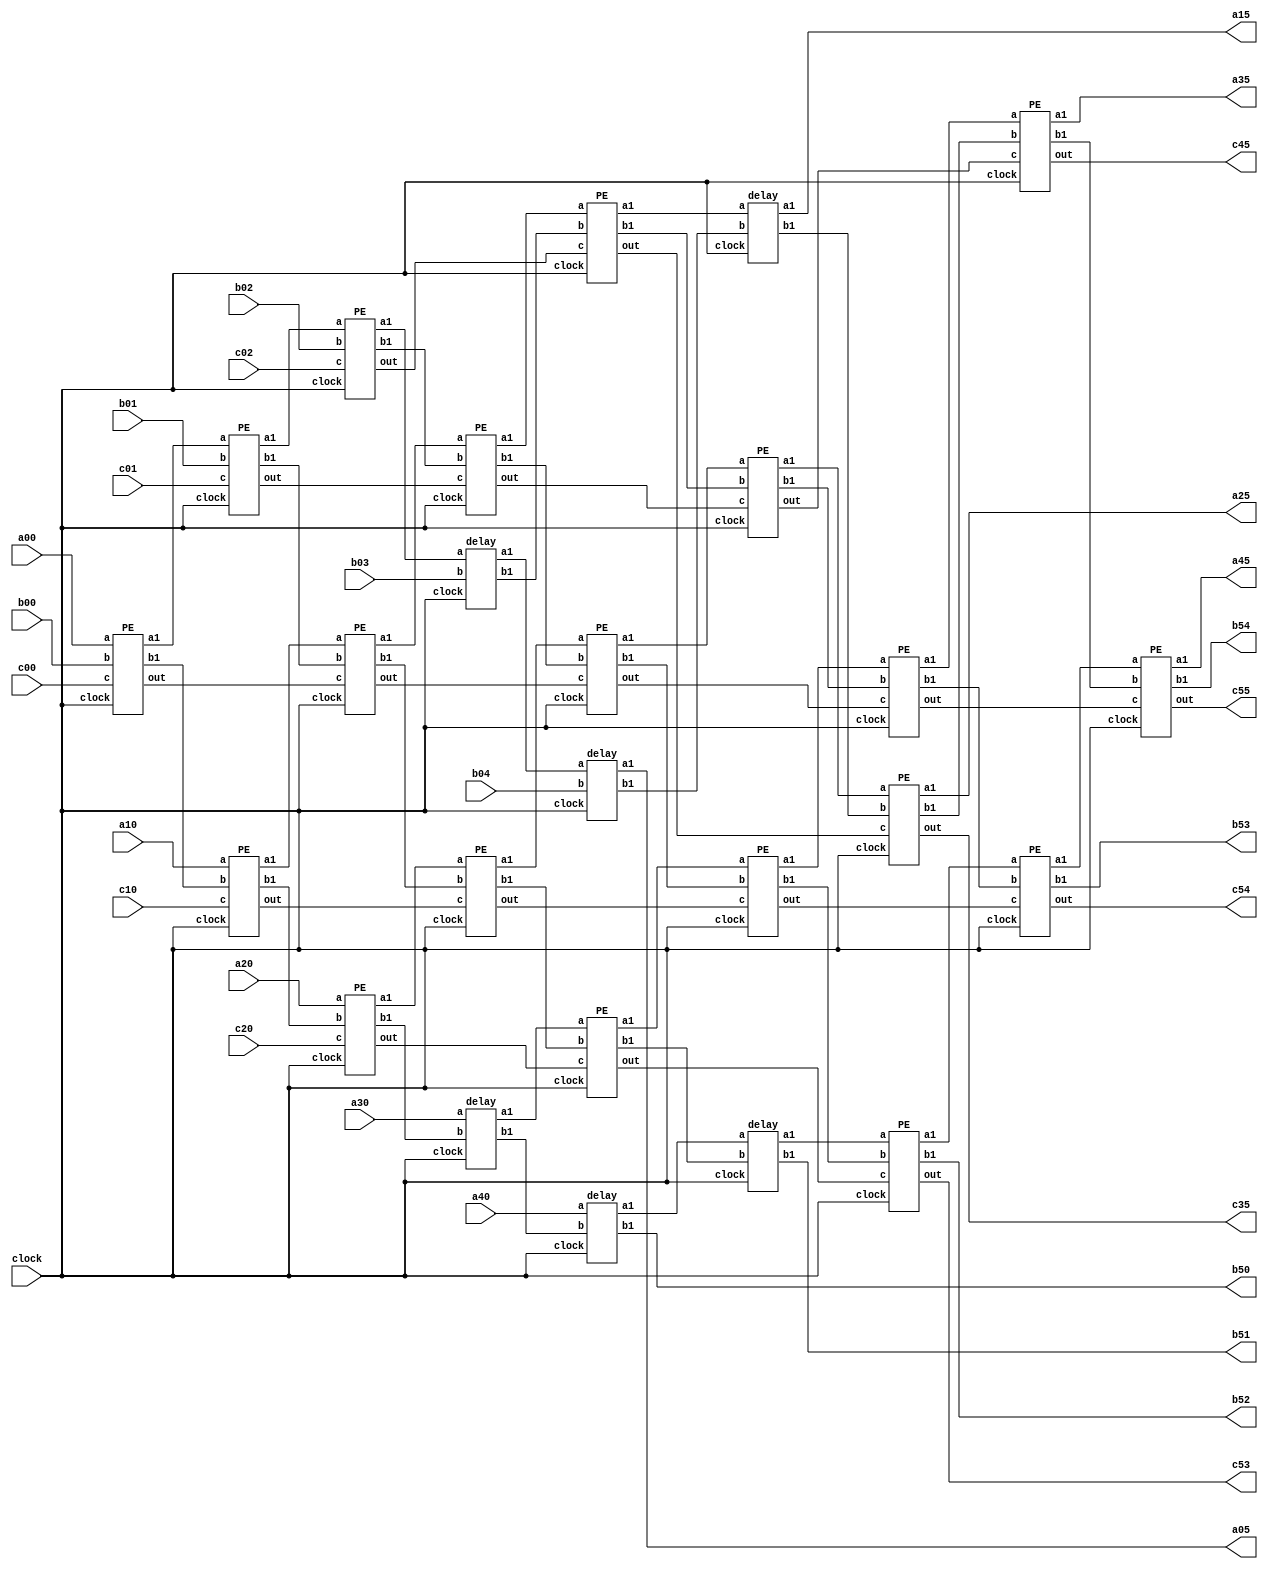




module iiitb_sysarray(
		a00, a10, a20, a30, a40,
		b00, b01, b02, b03, b04,
		
		c00, c01, c02, c10, c20,

		a05, a15, a25, a35, a45,
		b50, b51, b52, b53, b54,

		c53, c54, c55, c35, c45, clock
		);


parameter n = 31;



input clock;
input [n:0] a00, a10, a20, a30, a40;
input [n:0] b00, b01, b02, b03, b04;

input [n:0] c00, c01, c02, c10, c20; 

output [n:0] a05, a15, a25, a35, a45;
output [n:0] b50, b51, b52, b53, b54;

output [n:0] c53, c54, c55, c35, c45;

wire [n:0] a01, a11, a21, a31, a41;
wire [n:0] a02, a12, a22, a32, a42;
wire [n:0] a03, a13, a23, a33, a43;
wire [n:0] a04, a14, a24, a34, a44;

wire [n:0] b10, b20, b30, b40;
wire [n:0] b11, b21, b31, b41;
wire [n:0] b12, b22, b32, b42;
wire [n:0] b13, b23, b33, b43;
wire [n:0] b14, b24, b34, b44;

wire [n:0] c11, c12, c13;
wire [n:0] c21, c22, c23, c24;
wire [n:0] c31, c32, c33, c34;
wire [n:0] c42, c43, c44;

reg [n:0] aa01, aa11, aa21, aa31, aa41;
reg [n:0] aa02, aa12, aa22, aa32, aa42;
reg [n:0] aa03, aa13, aa23, aa33, aa43;
reg [n:0] aa04, aa14, aa24, aa34, aa44;

reg [n:0] bb10, bb20, bb30, bb40;
reg [n:0] bb11, bb21, bb31, bb41;
reg [n:0] bb12, bb22, bb32, bb42;
reg [n:0] bb13, bb23, bb33, bb43;
reg [n:0] bb14, bb24, bb34, bb44;

reg [n:0] ca11, ca12, ca13;
reg [n:0] ca21, ca22, ca23, ca24;
reg [n:0] ca31, ca32, ca33, ca34;
reg [n:0] ca42, ca43, ca44;


//module PE(a,b,c,a1,b1,out);
//module delay(a,b,a1,b1);

//The model of systolic array(along with variable names) is attached as an image in the report. 


PE pe00(a00, b00, c00, a01, b10, c11,clock);
PE pe01(aa01, b01, c01, a02, b11, c12,clock);
PE pe02(aa02, b02, c02, a03, b12, c13,clock);
delay d03(aa03, b03, a04, b13,clock);
delay d04(aa04, b04, a05, b14,clock);


PE pe10(a10, bb10, c10, a11, b20, c21,clock);
PE pe11(aa11, bb11, ca11, a12, b21, c22,clock);
PE pe12(aa12, bb12, ca12, a13, b22, c23,clock);
PE pe13(aa13, bb13, ca13, a14, b23, c24,clock);
delay d14(aa14, bb14, a15, b24,clock);

PE pe20(a20, bb20, c20, a21, b30, c31,clock);
PE pe21(aa21, bb21, ca21, a22, b31, c32,clock);
PE pe22(aa22, bb22, ca22, a23, b32, c33,clock);
PE pe23(aa23, bb23, ca23, a24, b33, c34,clock);
PE pe24(aa24, bb24, ca24, a25, b34, c35,clock);

delay d30(a30, bb30, a31, b40,clock);
PE pe31(aa31, bb31, ca31, a32, b41, c42,clock);
PE pe32(aa32, bb32, ca32, a33, b42, c43,clock);
PE pe33(aa33, bb33, ca33, a34, b43, c44,clock);
PE pe34(aa34, bb34, ca34, a35, b44, c45,clock);

delay d40(a40, bb40, a41, b50,clock);
delay d41(aa41, bb41, a42, b51,clock);
PE pe42(aa42, bb42, ca42, a43, b52, c53,clock);
PE pe43(aa43, bb43, ca43, a44, b53, c54,clock);
PE pe44(aa44, bb44, ca44, a45, b54, c55,clock);




always @(*)
begin
ca11 <= c11;
ca12 <= c12;
ca13 <= c13;

ca21 <= c21;
ca22 <= c22;
ca23 <= c23;
ca24 <= c24;

ca31 <= c31;
ca32 <= c32;
ca33 <= c33;
ca34 <= c34;

ca42 <= c42;
ca43 <= c43;
ca44 <= c44;

aa01 <= a01; aa11 <= a11; aa21 <= a21; aa31 <= a31; aa41 <= a41;
aa02 <= a02; aa12 <= a12; aa22 <= a22; aa32 <= a32; aa42 <= a42;
aa03 <= a03; aa13 <= a13; aa23 <= a23; aa33 <= a33; aa43 <= a43;
aa04 <= a04; aa14 <= a14; aa24 <= a24; aa34 <= a34; aa44 <= a44;

bb10 <= b10; bb20 <= b20; bb30 <= b30; bb40 <= b40;
bb11 <= b11; bb21 <= b21; bb31 <= b31; bb41 <= b41;
bb12 <= b12; bb22 <= b22; bb32 <= b32; bb42 <= b42;
bb13 <= b13; bb23 <= b23; bb33 <= b33; bb43 <= b43;
bb14 <= b14; bb24 <= b24; bb34 <= b34; bb44 <= b44;

//$display("a00 = %d, b00 = %d, c00 = %d",a00,b00,c00);
//$display("C11 = %d, C12 = %d, C13 = %d",ca11,ca12,ca13);
//$display("C21 = %d, C22 = %d, C23 = %d, C24 = %d",ca21,ca22,ca23,ca24);
//$display("C31 = %d, C32 = %d, C33 = %d, C34 = %d",ca31,ca32,ca33,ca34);
//$display("C42 = %d, C43 = %d, C44 = %d",ca42,ca43,ca44);

// // $display("a10 = %d,b10 = %d, c10 = %d, a11 = %d, b20= %d, C21 = %d", a10,b10,c10,a11,b20,c21);
// // $display("a00 = %d, a10 = %d, a20 = %d, a30 = %d, a40 = %d",a01,a11,a21,a31,a41);
// $display("a00 = %d, a10 = %d, a20 = %d, a30 = %d, a40 = %d",a10,a11,a12,a13,a14);
// // $display("b00 = %d, b10 = %d, b20 = %d, b30 = %d, b40 = %d",b00,b10,b20,b30,b40);
//$display("c35 = %d; c45 = %d; c55 = %d; c54 = %d; c53 = %d\n",c35,c45,c55,c54,c53);



end

endmodule



module delay(a,b,a1,b1,clock);

parameter n = 31;

input [n:0] a,b;
input clock;
output [n:0] a1,b1;
reg [n:0] a1,b1;

//Delay block is just used as a regester to hold the a,and b for a clock cycle.
//Posedge is preferred for FPGA programming.(reason given in PE.v)

function [n:0] allocate(input [n:0] a);
    begin
        allocate = 2*a-a;
    end
endfunction

always @(posedge clock)
begin
	a1 <= allocate(a);
	b1 <= allocate(b);
end

endmodule


//Implementation of the processing element

module PE(a,b,c,a1,b1,out,clock);

parameter n = 31;

input [n:0] a,b,c; 
output  [n:0] a1,b1;
input clock;

output [n:0] out;
reg [n:0] a1,b1;
reg [n:0] out;

//reg [n:0] tempa,tempb,tempo;

function [n:0] allocate(input [n:0] a);
    begin
        allocate = 2*a-a;
    end
endfunction

function [n:0] func(input [n:0] a,b,c);
    begin
        func = c+a*b;
    end
endfunction

// For this model the functionality of the PE is not changed with the change in data type.
// a, b is passed through PE as a regester and another output c+a*b is calculated for each clock cycle.

//For programming it on FPGA. It is preferred to use posedge clock as the FPGA has only either posedge clock triggered Flipflops or negedge triggered Flipflops.
// If clock is used while synthesis in FPGA IT cannot allocate any FLIPFlops to the PE's and data flow in the systolic array observed is not same as expected.  

always @(posedge clock)
begin
	a1 <= allocate(a);
	b1 <= allocate(b);
//	out <= c+a*b;
    out <= func(a,b,c);

end

endmodule